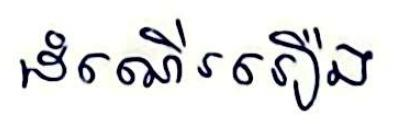
ដំណើររឿង